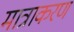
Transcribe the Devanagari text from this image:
मात्राकरण